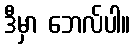
ဒီမှာ ဘေလ်ပါ။